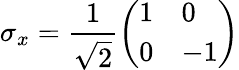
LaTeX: \sigma_{x}={\frac{1}{\sqrt{2}}}{\left(\begin{array}{ll}{1}&{0}\\ {0}&{-1}\end{array}\right)}